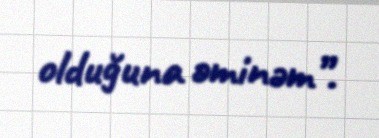
olduğuna əminəm”.